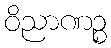
ဝိညာဏဉ္စ